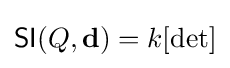
{\mathsf {SI}}(Q,\mathbf {d} )=k[\det ]